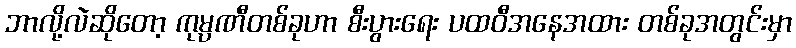
ဘာလို့လဲဆိုတော့ ကုမ္ပဏီတစ်ခုဟာ စီးပွားရေး ပထဝီအနေအထား တစ်ခုအတွင်းမှာ